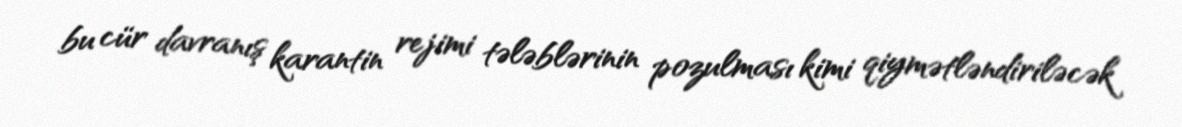
bu cür davranış karantin rejimi tələblərinin pozulması kimi qiymətləndiriləcək